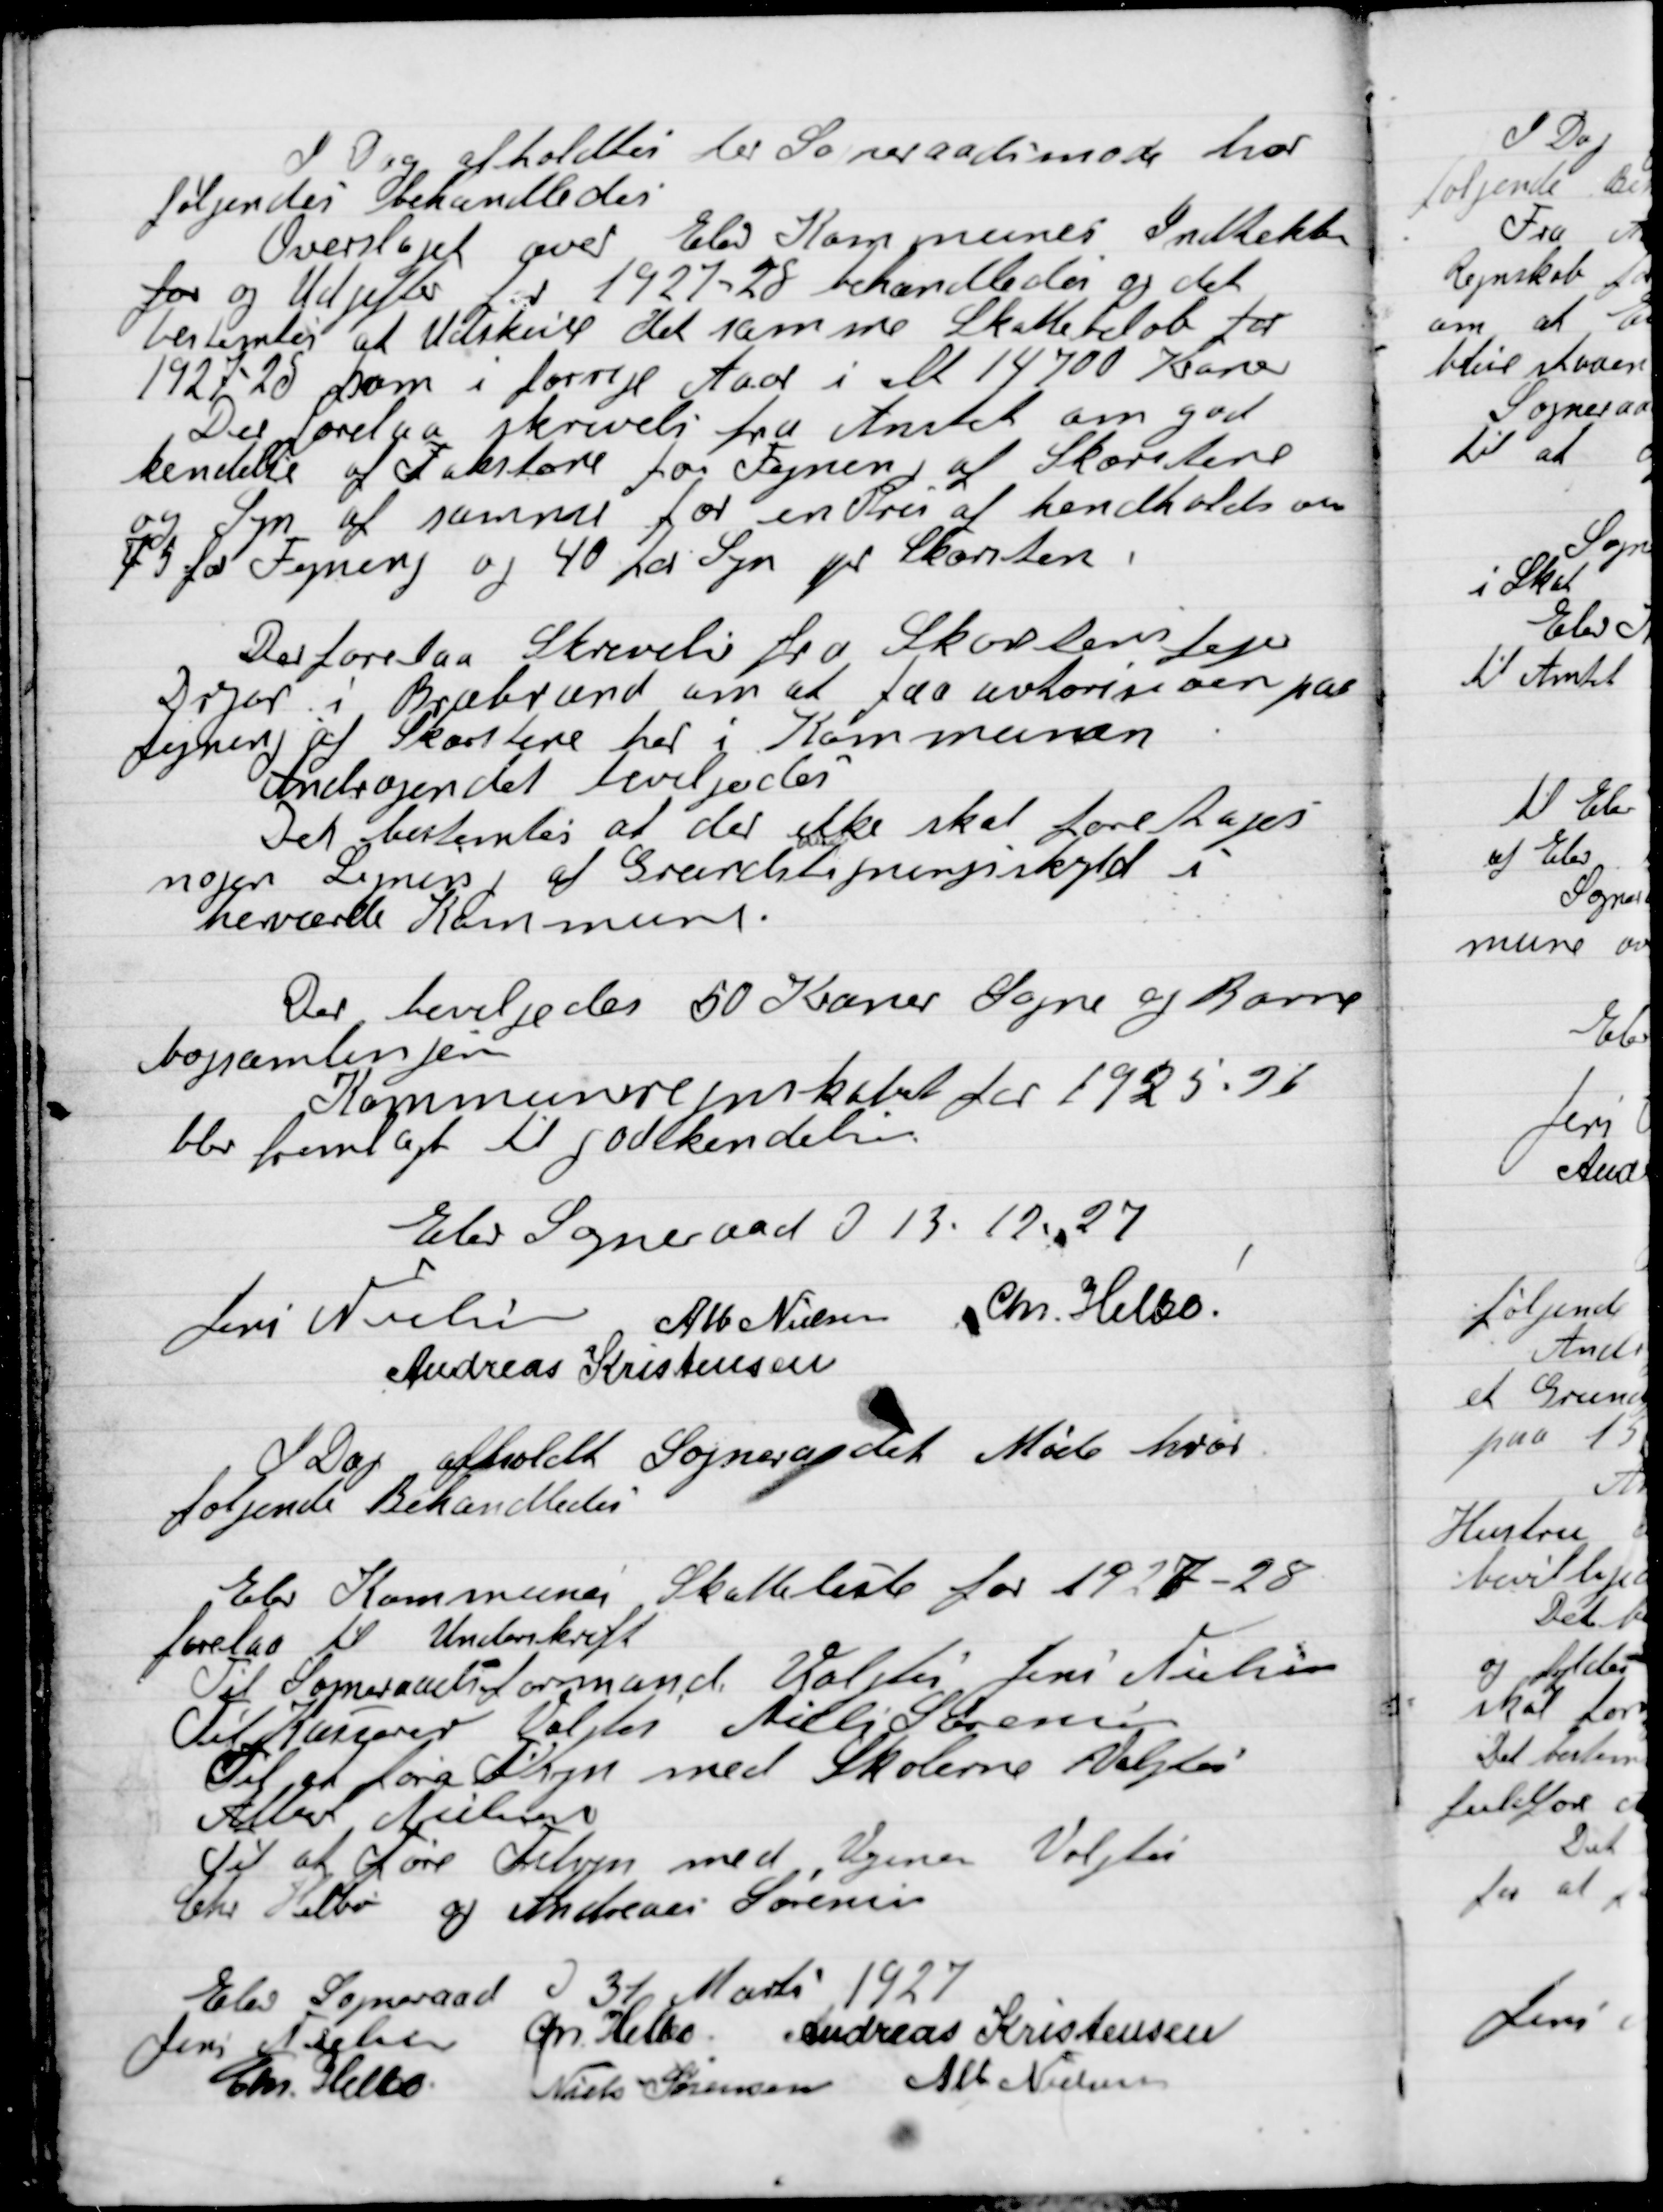
Transskription:
I Dag afholdt der Sogneraadet møde hvor
følgende Behandledes der
Overslaget over Elev Kommune Indtægter
for og Udgifter for 1927-28 behanledes og det
bestemtes at Udskrive det samme Skattebeløb for
1927-28 som forrige Aar i alt 14.700 Kroner.

Der forelaa Skrivelse fra Amtet om god-
kendelse af Takstore for Fejnen af Skorstene
og Syn af samme for en Pris af henholdsvis
1927-28 som forrige Aar i alt 14.700 Kroner.
45 for Fejning og 40 for Syn pr. Skorsten.

Der forelaa Skrivelse fra Skorstensfejer
Derfor i Brabrand om at faa autorisation paa
fejning af Skorstene her i Kommunen.
Andraget bevilgedes.
Det bestemtes at der ikke skal foretages
nogen Legnes af Grundligningsskyld i
herværende Kommune

Der bevilgedes 50 Kroner Sogne og Børne
bogsamlinger
Kommunerepreskabet for 1925-26
blev fremlagt til godkendelse.

Elev Sogneraad D. 13. 12. 27.

Jens Nielsen
Alb. Nielsen
Chr. Helbo
Andreas Kristensen

I Dag afholdt Sogneraadet Møde hvor
Følgende Behandledes.

Elev Kommunes Skatteliste for 1927-28
forelaa til Underskrift.
Til Sogneraadsformand Valgtes Jens Nielsen,
Til Kasserer Valgtes Niels Sørensen
Til at føre Tilsyn med Skolerne Valgtes
Albert Nielsen
Til at føre Tilsyn med Vejene Valgtes
Chr. Helbo og Andreas Sørensen

Elev Sogneraad D. 31 Marts 1927

Jens Nielsen
Chr. Helbo
Andreas Kristensen
Chr. Helbo
Niels Sørensen
Alb. Nielsen